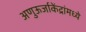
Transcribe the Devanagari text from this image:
अणुऊर्जाकेंद्रांमध्ये